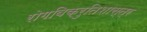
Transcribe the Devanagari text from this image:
रोगविक्रुतिशास्त्र